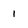
Character: 1